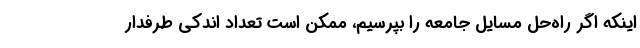
اینکه اگر راه‌حل مسایل جامعه را بپرسیم، ممکن است تعداد اندکی طرفدار